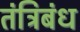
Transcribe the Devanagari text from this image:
तंत्रिबंध